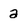
Character: a